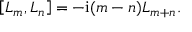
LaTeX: \left[ L _ { m } , L _ { n } \right] = - \mathrm { i } ( m - n ) L _ { m + n } .